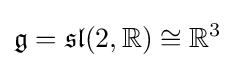
{\mathfrak {g}}={\mathfrak {sl}}(2,\mathbb {R} )\cong \mathbb {R} ^{3}